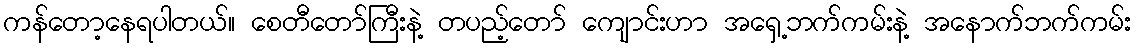
ကန်တော့နေရပါတယ်။ စေတီတော်ကြီးနဲ့ တပည့်တော် ကျောင်းဟာ အရှေ့ဘက်ကမ်းနဲ့ အနောက်ဘက်ကမ်း